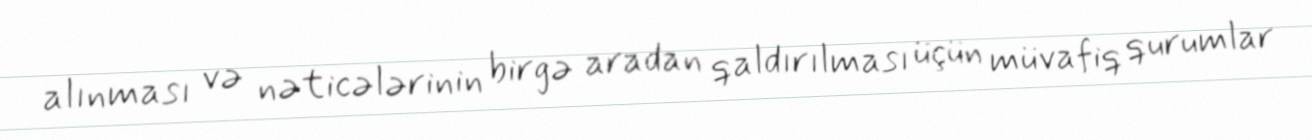
alınması və nəticələrinin birgə aradan qaldırılması üçün müvafiq qurumlar